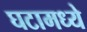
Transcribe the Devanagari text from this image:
घटामध्ये